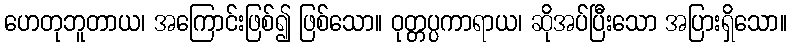
ဟေတုဘူတာယ၊ အကြောင်းဖြစ်၍ ဖြစ်သော။ ဝုတ္တပ္ပကာရာယ၊ ဆိုအပ်ပြီးသော အပြားရှိသော။